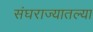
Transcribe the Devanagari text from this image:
संघराज्यातल्या